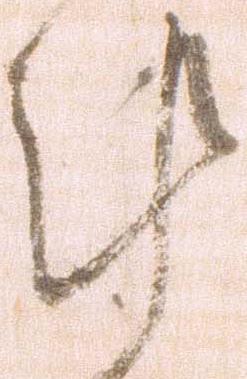
計